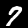
Label: 7